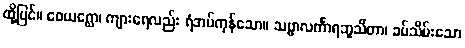
ထို့ပြင်။ ဝေယဂ္ဃော၊ ကျားရေလည်း ရံအပ်ကုန်သော။ သဗ္ဗာလင်္ကာရဘူသိတာ၊ ခပ်သိမ်းသော